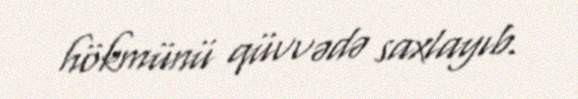
hökmünü qüvvədə saxlayıb.